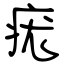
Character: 疣